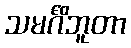
သမင်္ဂိဘူတာ